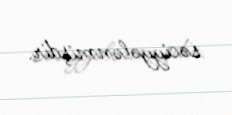
səciyyələnmişdir.